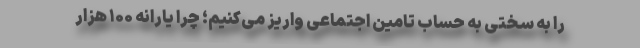
را به سختی به حساب تامین اجتماعی واریز می‌کنیم؛ چرا یارانه ۱۰۰ هزار